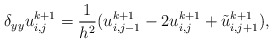
\begin{align*}\delta_{yy} u^{k+1}_{i,j}=\frac{1}{h^2} (u^{k+1}_{i,j-1} - 2 u^{k+1}_{i,j} + \tilde{u}^{k+1}_{i,j+1}),\end{align*}